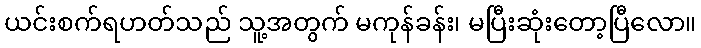
ယင်းစက်ရဟတ်သည် သူ့အတွက် မကုန်ခန်း၊ မပြီးဆုံးတော့ပြီလော။